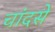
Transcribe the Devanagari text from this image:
चांदसे